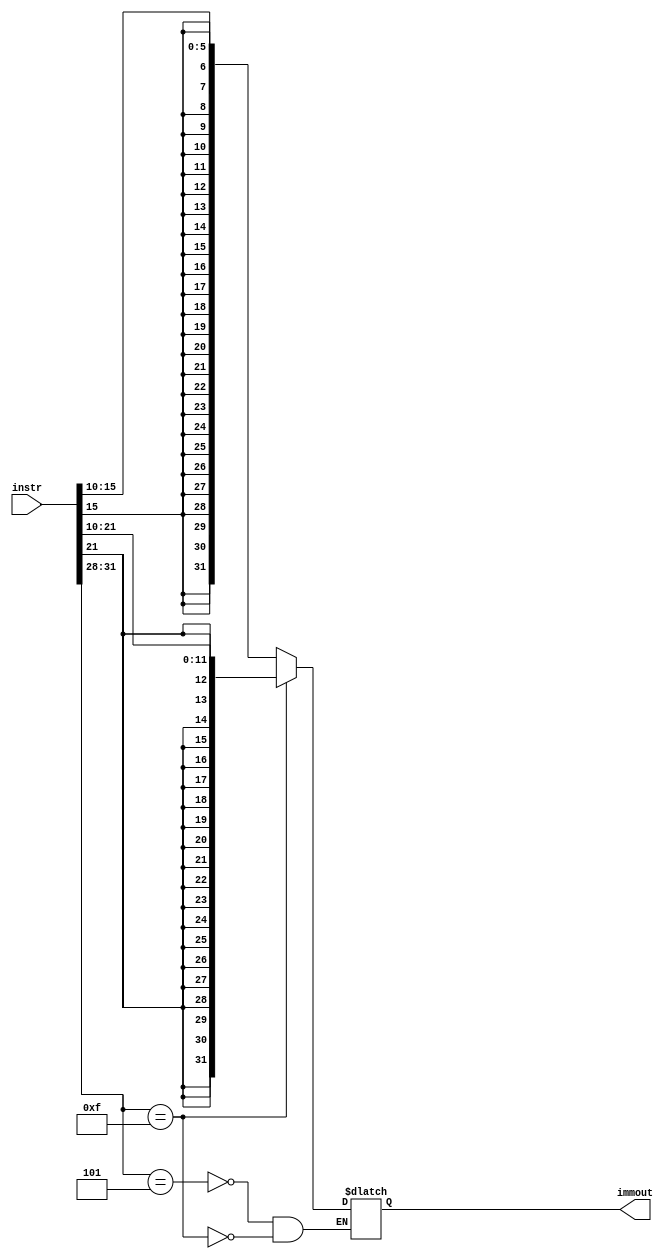
`timescale 1ns / 1ps
//////////////////////////////////////////////////////////////////////////////////
// Company: 
// Engineer: 
// 
// Design Name: 
// Module Name: sign_extender
// Project Name: 
// Target Devices: 
// Tool Versions: 
// Description: 
// 
// Dependencies: 
// 
// Revision:
// Revision 0.01 - File Created
// Additional Comments:
// 
//////////////////////////////////////////////////////////////////////////////////


module immgen(instr, immout);
    input [31:0] instr;
    output reg [31:0] immout;
    
    always @(instr) 
    begin
        case(instr[31:28])
        
        4'b0101: 
        begin
            immout[31:0] = {{26{instr[15]}}, instr[15:10]};
        end
        
        4'b1111: 
        begin
            immout[31:0] = {{20{instr[21]}}, instr[21:10]};
        end
        endcase
    end
endmodule